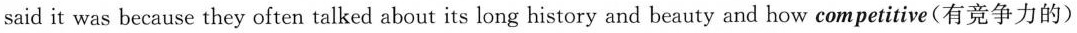
said it was because they often talked about its long history and beauty and how competitive(有竞争力的)